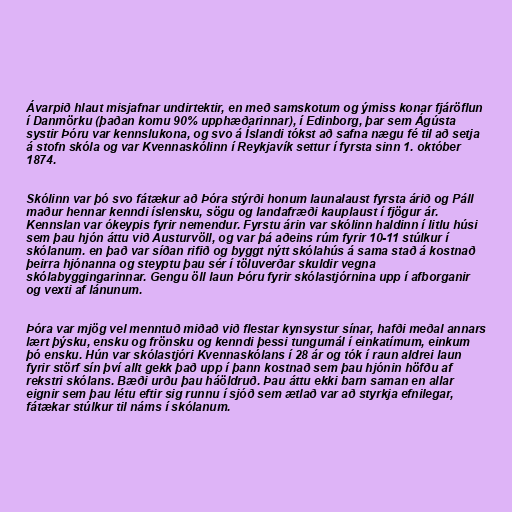
Ávarpið hlaut misjafnar undirtektir, en með samskotum og ýmiss konar fjáröflun
í Danmörku (þaðan komu 90% upphæðarinnar), í Edinborg, þar sem Ágústa
systir Þóru var kennslukona, og svo á Íslandi tókst að safna nægu fé til að setja
á stofn skóla og var Kvennaskólinn í Reykjavík settur í fyrsta sinn 1. október
1874.

Skólinn var þó svo fátækur að Þóra stýrði honum launalaust fyrsta árið og Páll
maður hennar kenndi íslensku, sögu og landafræði kauplaust í fjögur ár.
Kennslan var ókeypis fyrir nemendur. Fyrstu árin var skólinn haldinn í litlu húsi
sem þau hjón áttu við Austurvöll, og var þá aðeins rúm fyrir 10-11 stúlkur í
skólanum. en það var síðan rifið og byggt nýtt skólahús á sama stað á kostnað
þeirra hjónanna og steyptu þau sér í töluverðar skuldir vegna
skólabyggingarinnar. Gengu öll laun Þóru fyrir skólastjórnina upp í afborganir
og vexti af lánunum.

Þóra var mjög vel menntuð miðað við flestar kynsystur sínar, hafði meðal annars
lært þýsku, ensku og frönsku og kenndi þessi tungumál í einkatímum, einkum
þó ensku. Hún var skólastjóri Kvennaskólans í 28 ár og tók í raun aldrei laun
fyrir störf sín því allt gekk það upp í þann kostnað sem þau hjónin höfðu af
rekstri skólans. Bæði urðu þau háöldruð. Þau áttu ekki barn saman en allar
eignir sem þau létu eftir sig runnu í sjóð sem ætlað var að styrkja efnilegar,
fátækar stúlkur til náms í skólanum.